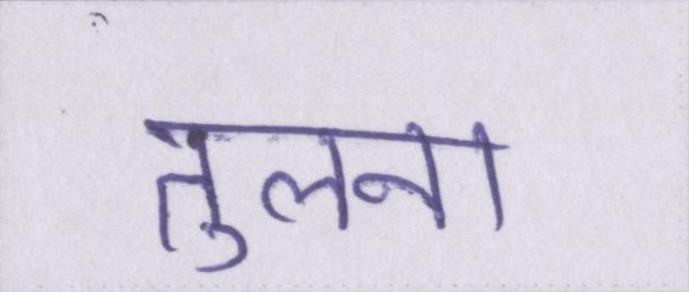
तुलना